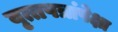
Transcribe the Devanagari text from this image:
वृत्तपत्रांपेक्षा